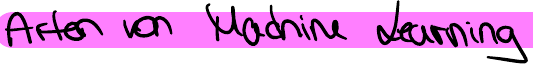
Arten von Machine Learning